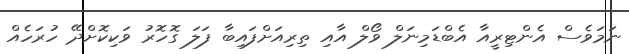
ނަމަވެސް އެންޓިރީއާ އެބްޑަމިނަލް ވޯލް އާއި ތިރިއަށްފައިބާ ފަލަ ގޮހޮރު ވަކިކޮށްދޭ ހުރަހެއް